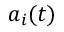
a _ { i } ( t )